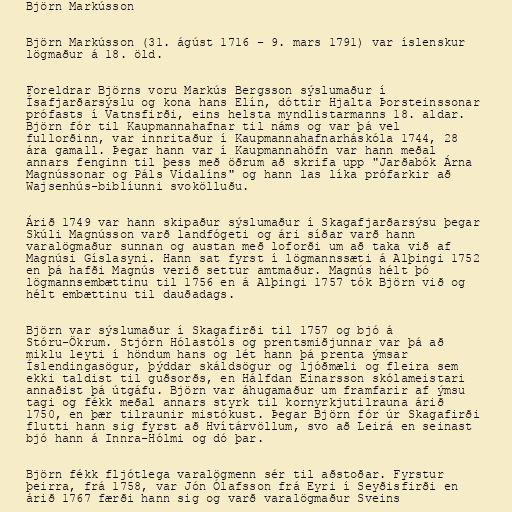
Björn Markússon

Björn Markússon (31. ágúst 1716 – 9. mars 1791) var íslenskur
lögmaður á 18. öld.

Foreldrar Björns voru Markús Bergsson sýslumaður í
Ísafjarðarsýslu og kona hans Elín, dóttir Hjalta Þorsteinssonar
prófasts í Vatnsfirði, eins helsta myndlistarmanns 18. aldar.
Björn fór til Kaupmannahafnar til náms og var þá vel
fullorðinn, var innritaður í Kaupmannahafnarháskóla 1744, 28
ára gamall. Þegar hann var í Kaupmannahöfn var hann meðal
annars fenginn til þess með öðrum að skrifa upp "Jarðabók Árna
Magnússonar og Páls Vídalíns" og hann las líka prófarkir að
Wajsenhús-biblíunni svokölluðu.

Árið 1749 var hann skipaður sýslumaður í Skagafjarðarsýsu þegar
Skúli Magnússon varð landfógeti og ári síðar varð hann
varalögmaður sunnan og austan með loforði um að taka við af
Magnúsi Gíslasyni. Hann sat fyrst í lögmannssæti á Alþingi 1752
en þá hafði Magnús verið settur amtmaður. Magnús hélt þó
lögmannsembættinu til 1756 en á Alþingi 1757 tók Björn við og
hélt embættinu til dauðadags.

Björn var sýslumaður í Skagafirði til 1757 og bjó á
Stóru-Ökrum. Stjórn Hólastóls og prentsmiðjunnar var þá að
miklu leyti í höndum hans og lét hann þá prenta ýmsar
Íslendingasögur, þýddar skáldsögur og ljóðmæli og fleira sem
ekki taldist til guðsorðs, en Hálfdan Einarsson skólameistari
annaðist þá útgáfu. Björn var áhugamaður um framfarir af ýmsu
tagi og fékk meðal annars styrk til kornyrkjutilrauna árið
1750, en þær tilraunir mistókust. Þegar Björn fór úr Skagafirði
flutti hann sig fyrst að Hvítárvöllum, svo að Leirá en seinast
bjó hann á Innra-Hólmi og dó þar.

Björn fékk fljótlega varalögmenn sér til aðstoðar. Fyrstur
þeirra, frá 1758, var Jón Ólafsson frá Eyri í Seyðisfirði en
árið 1767 færði hann sig og varð varalögmaður Sveins